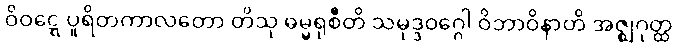
ဝိဝဋ္ဋေ ပူရိတကာလတော တိသု ဓမ္မရုစီတိ သမုဒ္ဒဝဂ္ဂေါ ဝိဘာဝိနာတိ အဇ္ဈဂုတ္ထ